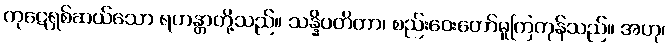
ကုဋေရှစ်ဆယ်သော ရဟန္တာတို့သည်။ သန္နိပတိတာ၊ စည်းဝေးတော်မူကြကုန်သည်။ အဟု၊